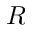
R